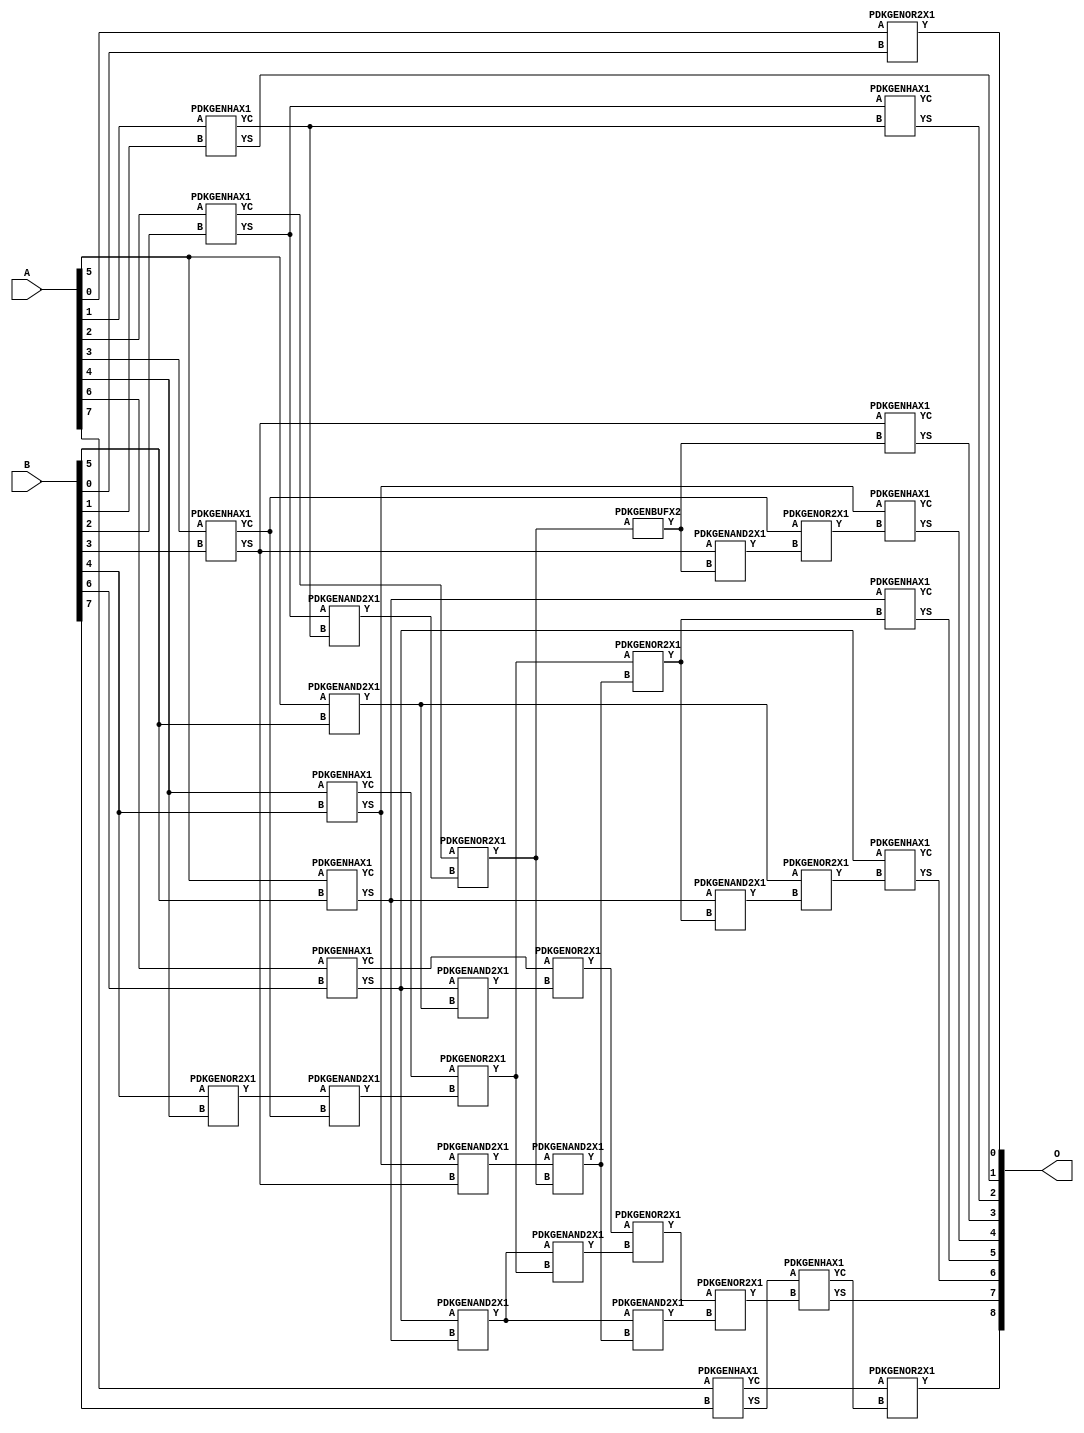
// Library = EvoApprox8b
// Circuit = add8_149
// Area   (180) = 1768
// Delay  (180) = 1.060
// Power  (180) = 588.80
// Area   (45) = 115
// Delay  (45) = 0.430
// Power  (45) = 47.61
// Nodes = 36
// HD = 49024
// MAE = 0.25000
// MSE = 0.25000
// MRE = 0.14 %
// WCE = 1
// WCRE = 50 %
// EP = 25.0 %

module add8_149(A, B, O);
  input [7:0] A;
  input [7:0] B;
  output [8:0] O;
  wire [2031:0] N;

  assign N[0] = A[0];
  assign N[1] = A[0];
  assign N[2] = A[1];
  assign N[3] = A[1];
  assign N[4] = A[2];
  assign N[5] = A[2];
  assign N[6] = A[3];
  assign N[7] = A[3];
  assign N[8] = A[4];
  assign N[9] = A[4];
  assign N[10] = A[5];
  assign N[11] = A[5];
  assign N[12] = A[6];
  assign N[13] = A[6];
  assign N[14] = A[7];
  assign N[15] = A[7];
  assign N[16] = B[0];
  assign N[17] = B[0];
  assign N[18] = B[1];
  assign N[19] = B[1];
  assign N[20] = B[2];
  assign N[21] = B[2];
  assign N[22] = B[3];
  assign N[23] = B[3];
  assign N[24] = B[4];
  assign N[25] = B[4];
  assign N[26] = B[5];
  assign N[27] = B[5];
  assign N[28] = B[6];
  assign N[29] = B[6];
  assign N[30] = B[7];
  assign N[31] = B[7];

  PDKGENOR2X1 n32(.A(N[0]), .B(N[16]), .Y(N[32]));
  PDKGENHAX1 n40(.A(N[2]), .B(N[18]), .YS(N[40]), .YC(N[41]));
  PDKGENHAX1 n50(.A(N[4]), .B(N[20]), .YS(N[50]), .YC(N[51]));
  PDKGENHAX1 n58(.A(N[6]), .B(N[22]), .YS(N[58]), .YC(N[59]));
  PDKGENHAX1 n68(.A(N[8]), .B(N[24]), .YS(N[68]), .YC(N[69]));
  PDKGENHAX1 n78(.A(N[10]), .B(N[26]), .YS(N[78]), .YC(N[79]));
  PDKGENHAX1 n86(.A(N[12]), .B(N[28]), .YS(N[86]), .YC(N[87]));
  PDKGENOR2X1 n88(.A(N[24]), .B(N[8]), .Y(N[88]));
  PDKGENHAX1 n96(.A(N[14]), .B(N[30]), .YS(N[96]), .YC(N[97]));
  PDKGENAND2X1 n106(.A(N[50]), .B(N[41]), .Y(N[106]));
  PDKGENAND2X1 n110(.A(N[10]), .B(N[26]), .Y(N[110]));
  assign N[111] = N[110];
  PDKGENOR2X1 n124(.A(N[51]), .B(N[106]), .Y(N[124]));
  assign N[125] = N[124];
  PDKGENAND2X1 n134(.A(N[88]), .B(N[59]), .Y(N[134]));
  PDKGENAND2X1 n142(.A(N[68]), .B(N[58]), .Y(N[142]));
  assign N[143] = N[142];
  PDKGENOR2X1 n152(.A(N[69]), .B(N[134]), .Y(N[152]));
  PDKGENAND2X1 n162(.A(N[86]), .B(N[110]), .Y(N[162]));
  PDKGENAND2X1 n170(.A(N[86]), .B(N[78]), .Y(N[170]));
  PDKGENOR2X1 n180(.A(N[87]), .B(N[162]), .Y(N[180]));
  PDKGENBUFX2 n198(.A(N[125]), .Y(N[198]));
  assign N[199] = N[198];
  PDKGENAND2X1 n208(.A(N[143]), .B(N[125]), .Y(N[208]));
  PDKGENOR2X1 n226(.A(N[152]), .B(N[208]), .Y(N[226]));
  assign N[227] = N[226];
  PDKGENAND2X1 n236(.A(N[170]), .B(N[152]), .Y(N[236]));
  PDKGENAND2X1 n244(.A(N[170]), .B(N[208]), .Y(N[244]));
  assign N[245] = N[244];
  PDKGENOR2X1 n254(.A(N[180]), .B(N[236]), .Y(N[254]));
  PDKGENOR2X1 n292(.A(N[254]), .B(N[245]), .Y(N[292]));
  assign N[293] = N[292];
  PDKGENAND2X1 n320(.A(N[58]), .B(N[199]), .Y(N[320]));
  PDKGENOR2X1 n328(.A(N[59]), .B(N[320]), .Y(N[328]));
  assign N[329] = N[328];
  PDKGENAND2X1 n338(.A(N[78]), .B(N[227]), .Y(N[338]));
  PDKGENOR2X1 n348(.A(N[111]), .B(N[338]), .Y(N[348]));
  PDKGENHAX1 n366(.A(N[50]), .B(N[41]), .YS(N[366]), .YC(N[367]));
  PDKGENHAX1 n376(.A(N[58]), .B(N[198]), .YS(N[376]), .YC(N[377]));
  PDKGENHAX1 n384(.A(N[68]), .B(N[329]), .YS(N[384]), .YC(N[385]));
  PDKGENHAX1 n394(.A(N[78]), .B(N[226]), .YS(N[394]), .YC(N[395]));
  PDKGENHAX1 n404(.A(N[86]), .B(N[348]), .YS(N[404]), .YC(N[405]));
  PDKGENHAX1 n412(.A(N[96]), .B(N[293]), .YS(N[412]), .YC(N[413]));
  PDKGENOR2X1 n422(.A(N[97]), .B(N[413]), .Y(N[422]));

  assign O[0] = N[32];
  assign O[1] = N[40];
  assign O[2] = N[366];
  assign O[3] = N[376];
  assign O[4] = N[384];
  assign O[5] = N[394];
  assign O[6] = N[404];
  assign O[7] = N[412];
  assign O[8] = N[422];

endmodule
/* mod */
module PDKGENAND2X1(input A, input B, output Y );
     assign Y = A & B;
endmodule
/* mod */
module PDKGENOR2X1(input A, input B, output Y );
     assign Y = A | B;
endmodule
/* mod */
module PDKGENHAX1( input A, input B, output YS, output YC );
    assign YS = A ^ B;
    assign YC = A & B;
endmodule
/* mod */
module PDKGENBUFX2(input A, output Y );
     assign Y = A;
endmodule